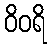
ဝိဝရိ